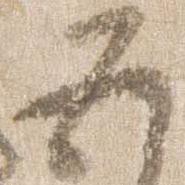
五